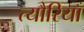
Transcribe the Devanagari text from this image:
त्यौरियाँ